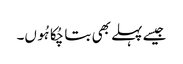
جیسے پہلے بھی بتا چُکا ہُوں۔